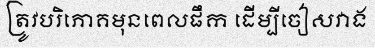
ត្រូវបរិភោគមុនពេលផឹក ដើម្បីចៀសវាង